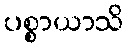
ပစ္စာယာသိ